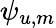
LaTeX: \psi_{u,m}